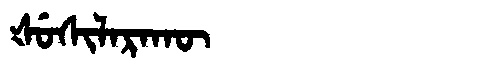
Manchu: ᡧᡠᠰᡳᠯᠠᡵᠠᡴᡡ
Romanization: ŠUSILARAKŪ